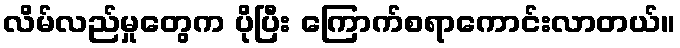
လိမ်လည်မှုတွေက ပိုပြီး ကြောက်စရာကောင်းလာတယ်။